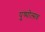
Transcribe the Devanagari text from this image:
पुष्पोत्सव